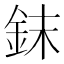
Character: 𰼤